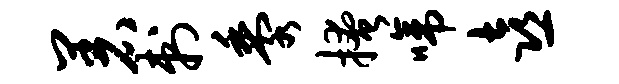
着刺黍掩啼喜